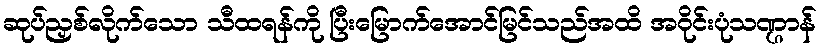
ဆုပ်ညှစ်လိုက်သော သီထရန်ကို ပြီးမြောက်အောင်မြင်သည်အထိ အဝိုင်းပုံသဏ္ဌာန်